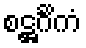
စဋ္ဌင်္ဂိကံ